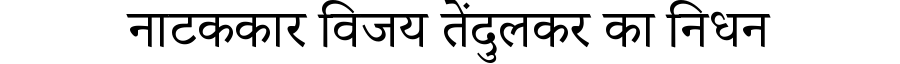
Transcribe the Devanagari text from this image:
नाटककार विजय तेंदुलकर का निधन